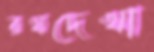
রথদেখা